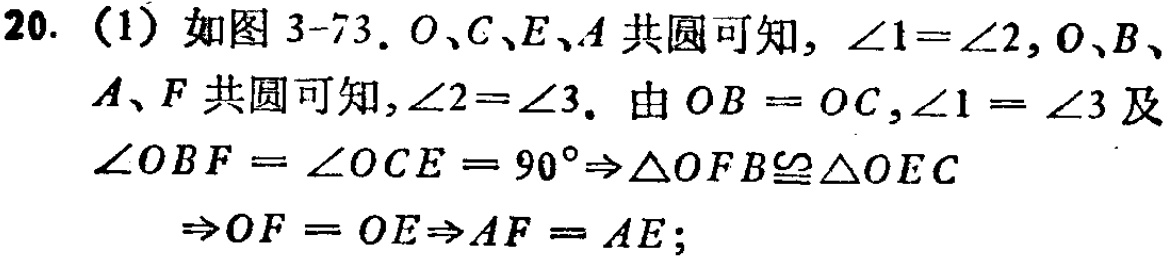
20. （1）如图 3-73. \(O、C、E、A\)共圆可知，\(\angle1 = \angle2\)，\(O、B、A、F\)共圆可知，\(\angle2=\angle3\). 由 \(OB = OC\)，\(\angle1 = \angle3\)及\(\angle OBF=\angle OCE = 90^{\circ}\Rightarrow\triangle OFB\cong\triangle OEC\Rightarrow OF = OE\Rightarrow AF = AE\);